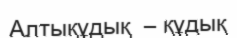
Алтықұдық  – құдық